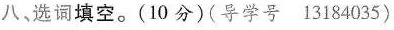
八、选词填空。（10 分）（导学号 13184035）